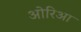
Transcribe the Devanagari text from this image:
ओरिआ